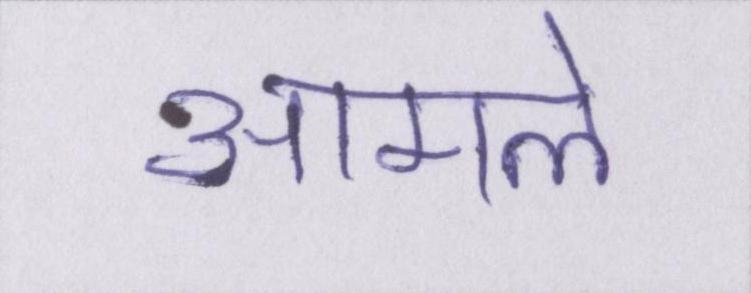
आमले